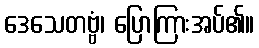
ဒေသေတဗ္ဗံ၊ ပြောကြားအပ်၏။